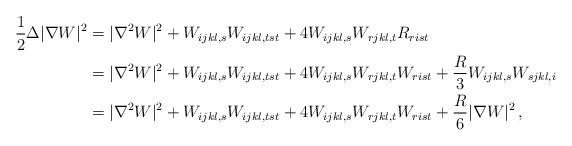
LaTeX: \begin{align*}\frac{1}{2}\Delta|\nabla W|^{2} &= |\nabla^{2} W|^{2} + W_{ijkl,s}W_{ijkl,tst} + 4 W_{ijkl,s}W_{rjkl,t}R_{rist}\\&= |\nabla^{2} W|^{2} + W_{ijkl,s}W_{ijkl,tst} + 4 W_{ijkl,s}W_{rjkl,t}W_{rist}+\frac{R}{3}W_{ijkl,s}W_{sjkl,i}\\&=|\nabla^{2} W|^{2} + W_{ijkl,s}W_{ijkl,tst} + 4 W_{ijkl,s}W_{rjkl,t}W_{rist} + \frac{R}{6}|\nabla W|^{2}\,,\end{align*}